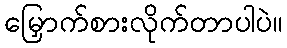
မြှောက်စားလိုက်တာပါပဲ။